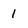
Character: 1